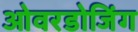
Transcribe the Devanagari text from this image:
ओवरडोजिंग